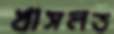
খাসলত